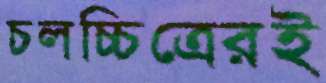
চলচ্চিত্রেরই